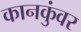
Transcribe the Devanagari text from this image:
कानकुंवर